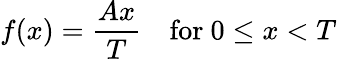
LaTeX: f(x)={\frac{Ax}{T}}\quad{\mathrm{for~}}0\leq x<T